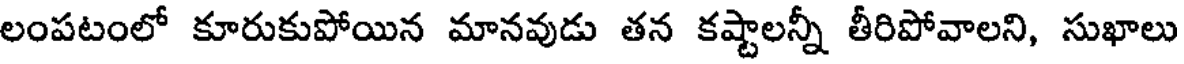
లంపటంలో కూరుకుపోయిన మానవుడు తన కష్టాలన్నీ తీరిపోవాలని, సుఖాలు